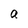
Character: a